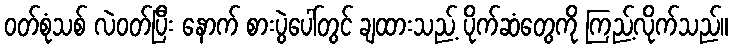
ဝတ်စုံသစ် လဲဝတ်ပြီး နောက် စားပွဲပေါ်တွင် ချထားသည့် ပိုက်ဆံတွေကို ကြည့်လိုက်သည်။